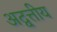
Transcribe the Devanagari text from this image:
अद्वत्तीय